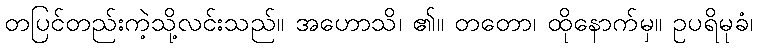
တပြင်တည်းကဲ့သို့လင်းသည်။ အဟောသိ၊ ၏။ တတော၊ ထိုနောက်မှ။ ဥပရိမုခံ၊